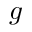
g